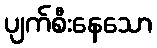
ပျက်စီးနေသော